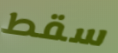
سقط